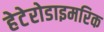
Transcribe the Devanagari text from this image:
हेटेरोडाइमरिक